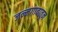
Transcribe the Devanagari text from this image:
जन्मगावातून